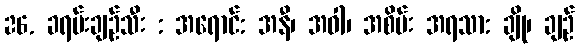
26. ခရမ်းချဉ်သီး : အရောင်: အနီ၊ အဝါ၊ အစိမ်း အရသာ: ချို၊ ချဉ်